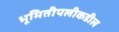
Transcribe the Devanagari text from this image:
भूमितीपलीकडील